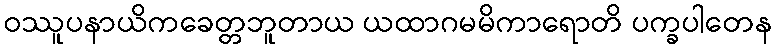
ဝဿူပနာယိကခေတ္တဘူတာယ ယထာဂမမိကာရောတိ ပက္ခပါတေန